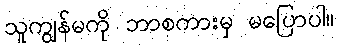
သူကျွန်မကို ဘာစကားမှ မပြောပါ။